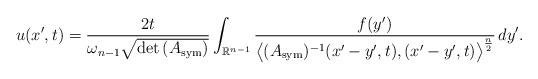
LaTeX: \begin{align*}u(x',t)=\frac{2t}{\omega_{n-1}\sqrt{{\rm det}\,(A_{\rm sym})}}\int_{{\mathbb{R}}^{n-1}}\frac{f(y')}{\big\langle(A_{\rm sym})^{-1}(x'-y',t),(x'-y',t)\big\rangle^{\frac{n}{2}}}\,dy'.\end{align*}